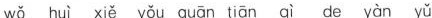
wǒ huì xiě yoǔ guān tiān qì de yàn yǔ